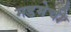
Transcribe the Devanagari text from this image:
मडमेची